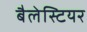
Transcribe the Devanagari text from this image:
बैलेस्टियर